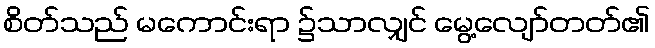
စိတ်သည် မကောင်းရာ ၌သာလျှင် မွေ့လျော်တတ်၏